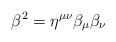
LaTeX: \begin{align*}\beta^2 = \eta^{\mu\nu}\beta_\mu\beta_\nu \end{align*}